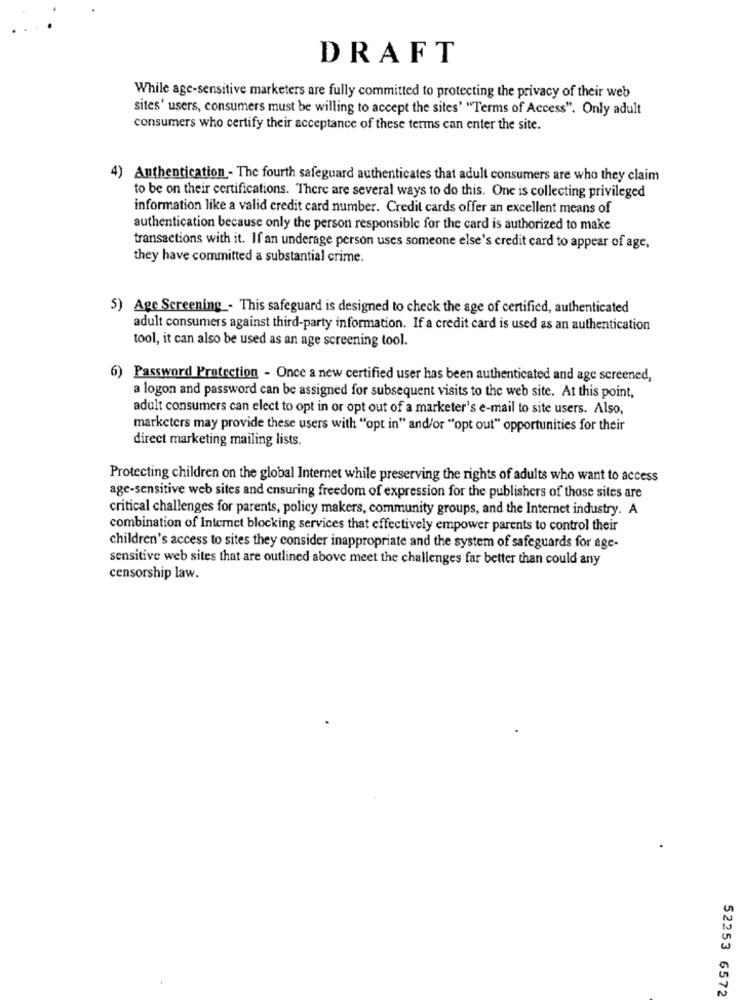
DRAFT
While age-sensitive marketers are fully committed to protecting the privacy of their web
sites' users, consumers must be willing to accept the sites' "Terms of Access". Only adult
consumers who certify their acceptance of these terms can enter the site.
4) Authentication - The fourth safeguard authenticates that adult consumers are who they claim
to be on their certifications. There are several ways to do this. One is collecting privileged
information like a valid credit card number. Credit cards offer an excellent means of
authentication because only the person responsible for the card is authorized to make
transactions with it. If an underage person uses someone else's credit card to appear of age,
they have committed a substantial crime.
5) Age Screening - This safeguard is designed to check the age of certified, authenticated
adult consumers against third-party information. If a credit card is used as an authentication
tool, it can also be used as an age screening tool.
6) Password Protection - Once a new certified user has been authenticated and age screened,
a logon and password can be assigned for subsequent visits to the web site. At this point,
adult consumers can elect to opt in or opt out of a marketer's e-mail to site users. Also,
marketers may provide these users with "opt in" and/or "opt out" opportunities for their
direct marketing mailing lists.
Protecting children on the global Internet while preserving the rights of adults who want to access
age-sensitive web sites and ensuring freedom of expression for the publishers of those sites are
critical challenges for parents, policy makers, community groups, and the Internet industry. A
combination of Internet blocking services that effectively empower parents to control their
children's access to sites they consider inappropriate and the system of safeguards for age-
sensitive web sites that are outlined above meet the challenges far better than could any
censorship law.
52253 6572